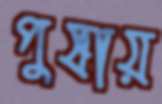
পুষায়